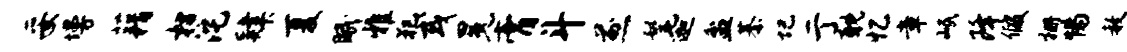
妥墁藉枋沱肄夏眠雅犯或冕膏斗煎髦迦盆綦圮亍耽忆章岷降假栅惕赦